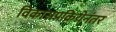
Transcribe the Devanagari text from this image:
विकासप्रक्रियेनंतर